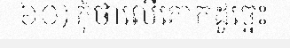
៦០) កុំថាលើគោកដូច្នេះ